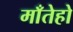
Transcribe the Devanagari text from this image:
माँतेहो